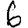
Digit: 6